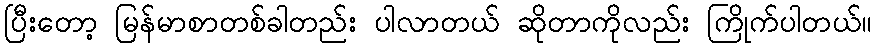
ပြီးတော့ မြန်မာစာတစ်ခါတည်း ပါလာတယ် ဆိုတာကိုလည်း ကြိုက်ပါတယ်။